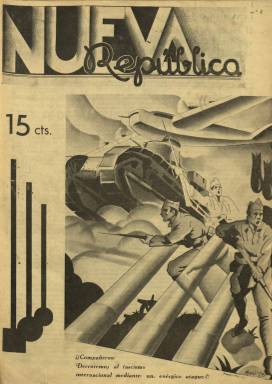
Título: Nueva República
Colección: Guerra civil
Ámbito geográfico: Madrid
Lugar de publicación: Madrid
Fechas: 04/12/1936-04/09/1937

Semanario “portavoz de los jóvenes republicanos de izquierda”, señala su subtítulo, al comenzar a publicarse el cuatro de diciembre de 1936. Se trata de las Juventudes de Izquierda Republicana (JIR), del partido de igual denominación fundado y liderado desde 1934 por Manuel Azaña, que será presidente de la II República Española (1936-1939). Tras estallar la guerra civil española, las diferentes organizaciones juveniles defensoras de la República, entre ellas las JIR, habían creado el Frente de la Juventud Española (FJE), que formó su propio batallón de Milicias Populares del Ejército Popular de la República y que, en agosto de 1937, se denominará Alianza Juvenil Antifascista (AJA). Los miembros de las JIR organizaron y formaron sus propios batallones y regimientos, como el denominado Regimiento República o el Batallón Pérez Carballo, nombre que recibe del fusilado gobernador civil de La Coruña y dirigente nacional de IR, el abogado Francisco Pérez Carballo, de quien publica sus últimas palabras. Las JIR también se sumaron a la Brigada Mixta L.

Se trata pues de un semanario que nace en plena guerra civil, de ocho páginas, que más tarde aumenta hasta la docena, con una cubierta ilustrada por un gran dibujo o fotografía, generalmente un fotomontaje. Usa papel de diferentes calidades y tintas para su impresión, debido a su escasez, y está “visado por la censura”. Comienza su primer editorial expresando que “un nuevo órgano periodístico aparece en las filas antifascistas”, y se refiere a los jóvenes “de una izquierda a la que la guerra ha destrozado bases fundamentales que no han de rehacerse”, obligados a defender “la causa de la libertad, del proletariado, de la República”, y que ya “ha dado, está dando y dará su sangre por la derrota del fascismo”. Entre sus numerosos lemas, aparece el siguiente: “Jóvenes antifascistas! El periódico Nueva República de las Juventudes de Izquierda Republicana será un órgano de guerra al servicio de la juventud en armas”.

Publica editoriales y artículos. Tiene una sección bajo el epígrafe, precisamente, La guerra, en el que ofrece información sobre las actuaciones del Regimiento República en los frentes del Norte y Noroeste, de Aragón, Sur y Centro, acompañado de una “Impresión semanal” (sobre el desarrollo de la guerra), y un espacio dedicado “A nuestros caídos en la lucha”, o “mártires”. Dedica también el resto de sus páginas a otros artículos e informaciones sobre los batallones de voluntarios republicanos en los frentes de batalla, o sobre la organización interna y actividades de las JIR, incluidas las desarrolladas en los países democráticos en defensa de la República. Dará cuenta también del Congreso de las JIR, celebrado en Valencia, en 1937.

Inserta también dibujos y fotograbados en sus páginas interiores, referidos al conflicto bélico y a la retaguardia, en las que aparecen dirigentes de esta organización y de la República, como es el caso del consejero de Prensa y Propaganda, José Carreño. A partir de su número 9 (29 de enero 1937), insertará una sección publicitaria denomina “Calles madrileñas, con información de anuncios e industrias que decididamente nos prestan su apoyo y, por ello, recomendamos”.

Otras secciones que irá abriendo se titulan Política interior y Política extranjera, y tendrá páginas dedicadas al Frente de la Juventud y a Propaganda de las JIR. Generalmente, sus textos carecen de firmas, aunque aparecen alguna vez las de Teodoro Perea, secretario de las JIR de Aranjuez, o la de José de la Vega, comisario de Guerra; así como las de Alejandro de Frutos, Jesús Cabrera, José Carbo, Juan B. Climent, Alejandro Marqués o Juana Esteban Eguiluz. En el número 30 (25 de junio de 1937) da noticia de la muerte del abogado y periodista Justo González Roa, que había sido redactor-jefe de Nueva República. Entre las firmas de sus dibujos aparecen los nombres de Molina, Ruiz Morquecho, Mimisol, Iglesias, David, Eap, Triángulo, Bernedo o Toto.

La colección de este título en la Biblioteca Nacional de España acaba en el número 40, correspondiente al cuatro de septiembre de 1937. A partir del número 42, modifica su subtítulo a: portavoz de los jóvenes republicanos. La colección de la Hemeroteca Municipal de Madrid alcanza, aunque incompleta, hasta el número 65, de 27 de octubre de 1938. Sólo Serge Salaun ha dado cuenta de este semanario en un trabajo publicado en 1983, sobre la Prensa republicana en la guerra civil.